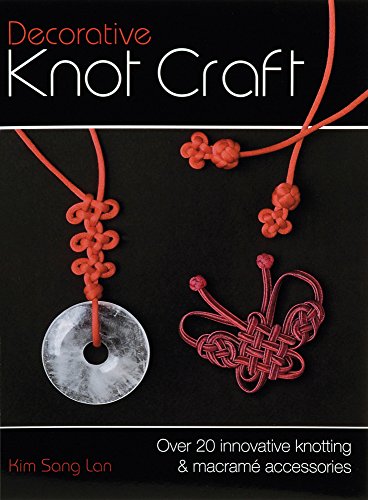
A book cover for Decorative Knot Craft: Over 20 Innovative Knotting And Macrame Accessories; Kim Sang Lang; Crafts, Hobbies & Home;